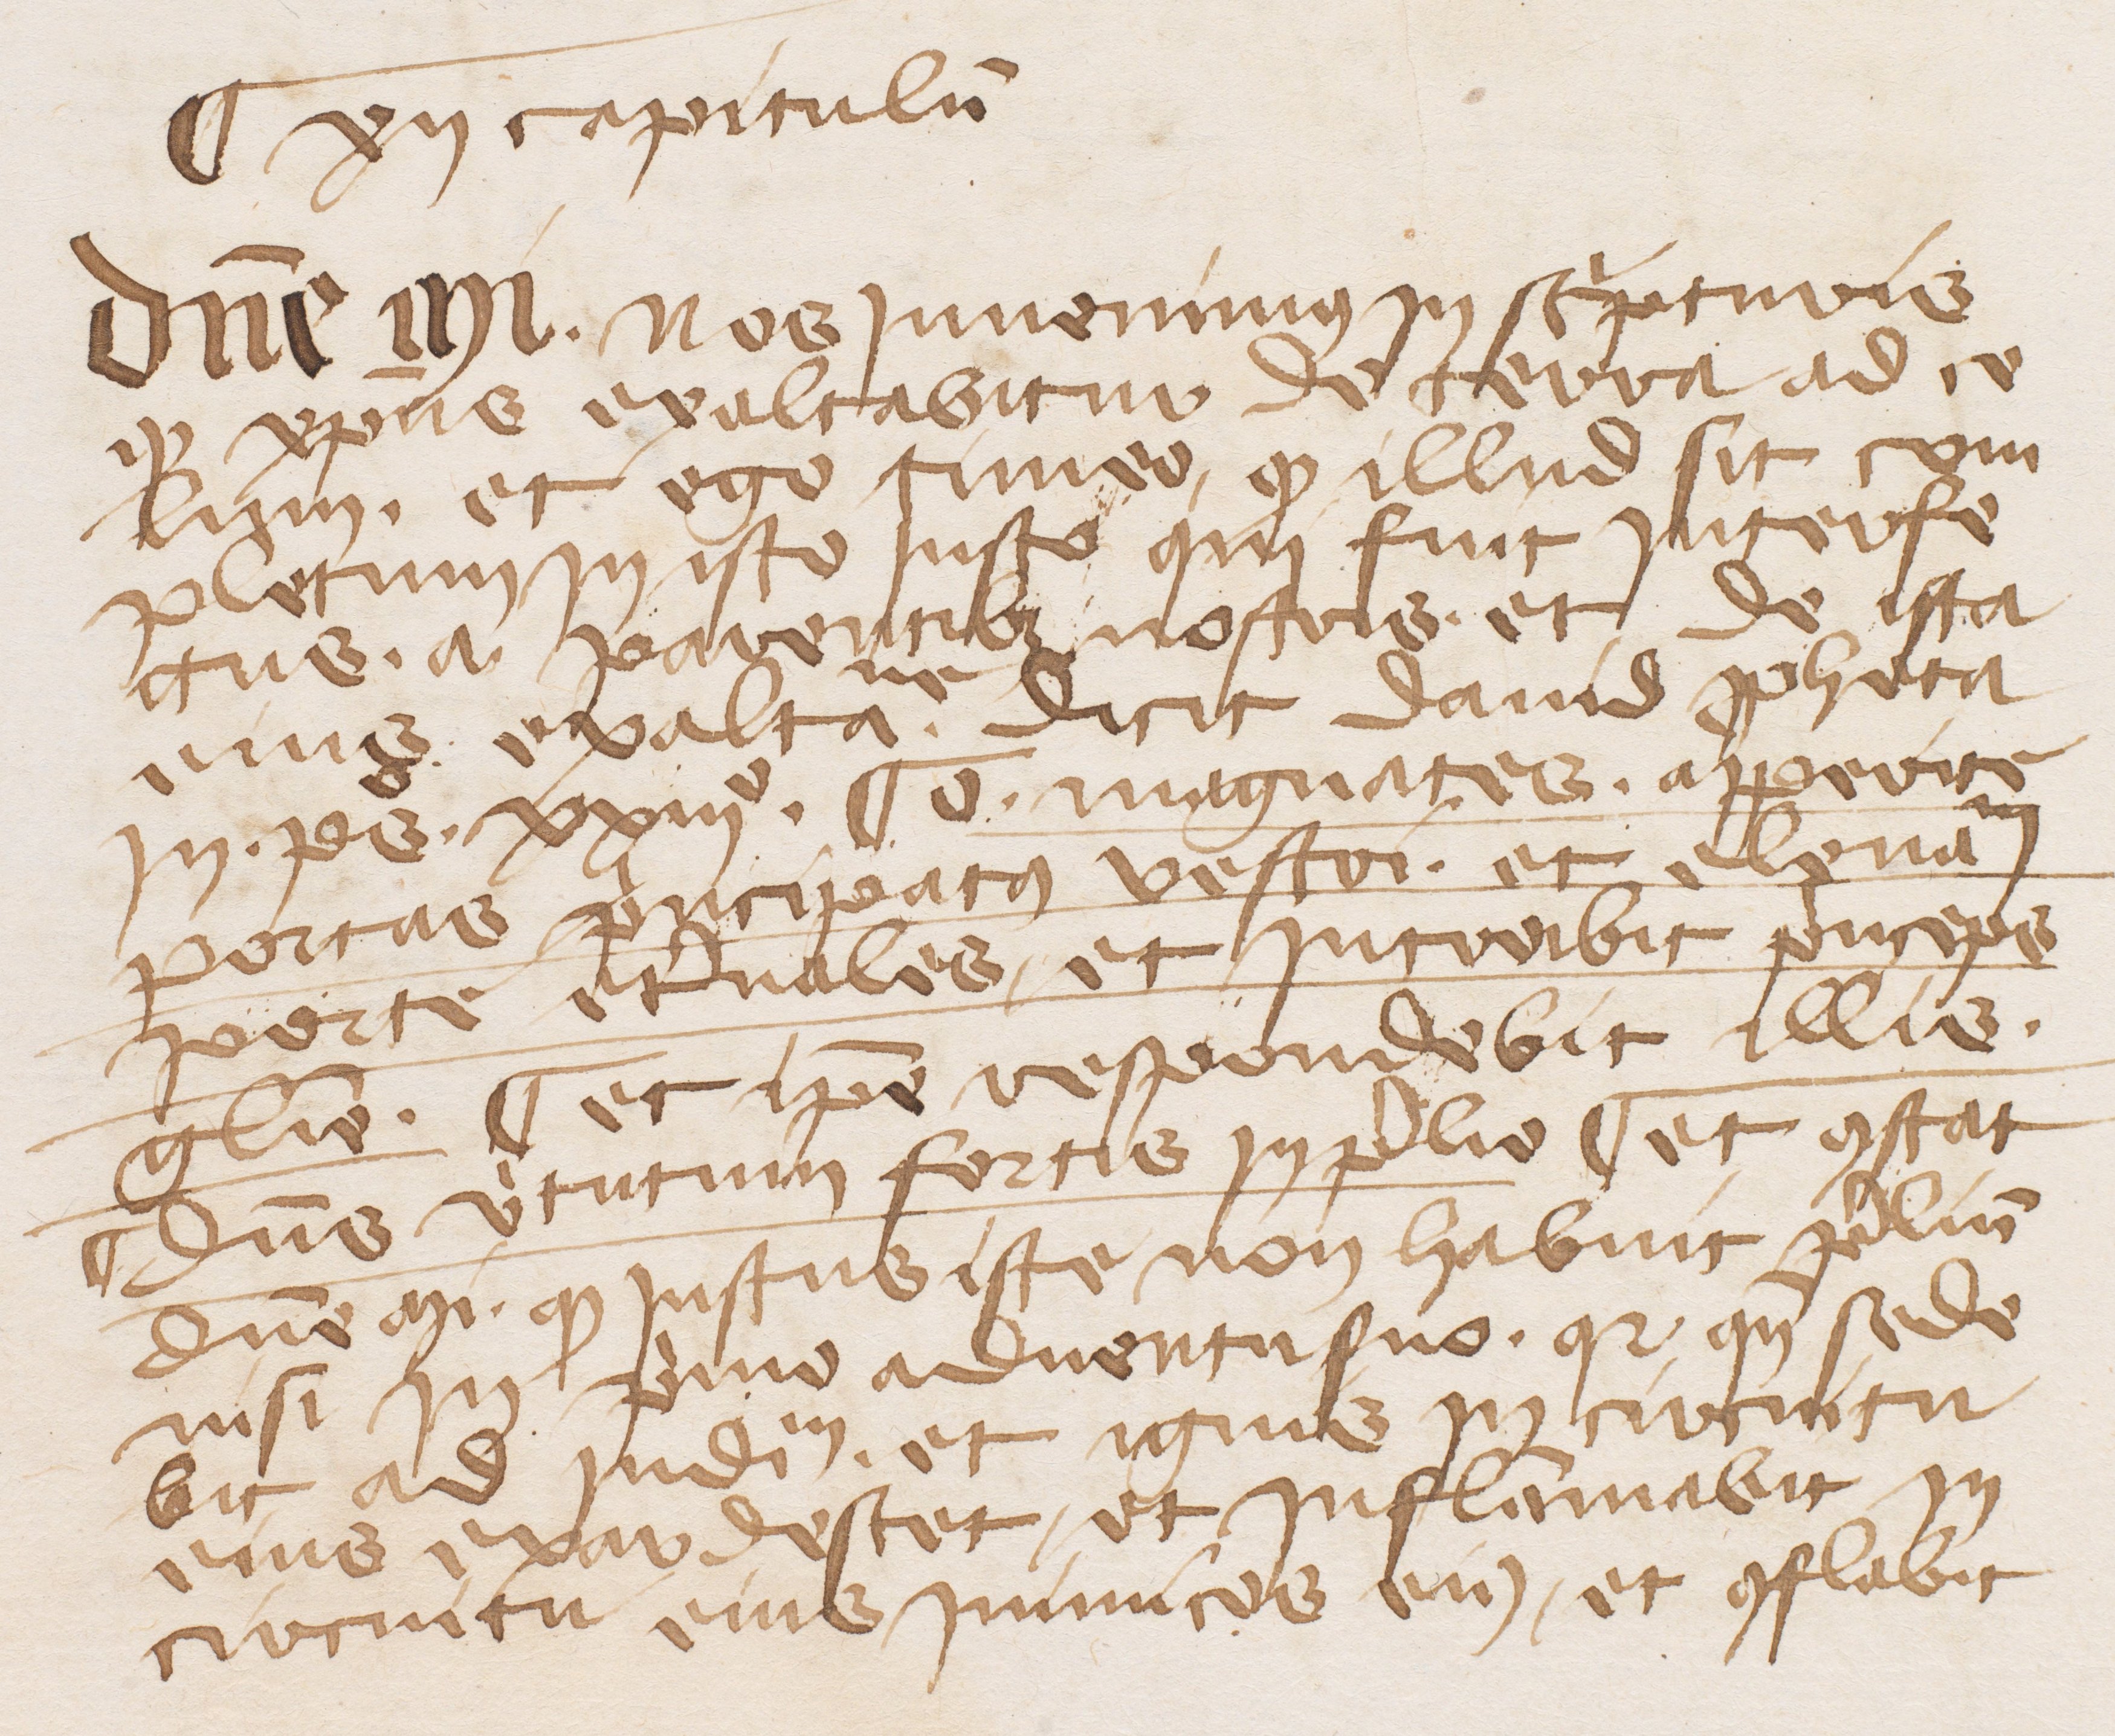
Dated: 1345–1355